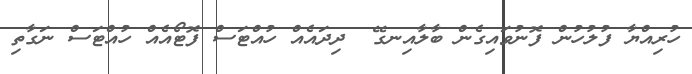
ހުރިއްޔާ ފުލުހުން ފޮނުވައިގެން ބާލާއިނގޭ  ދިދައެއް ހުއްޓަސް ފޮޓޯއެއް ހުއްޓަސް ނަގާތި